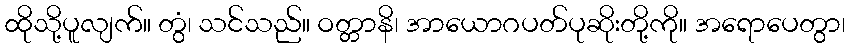
ထိုသို့ပူလျက်။ တွံ၊ သင်သည်။ ဝတ္တာနိ၊ အာယောဂပတ်ပုဆိုးတို့ကို။ အရောပေတွာ၊